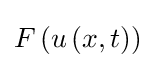
F\left(u\left(x,t\right)\right)